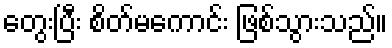
တွေးပြီး စိတ်မကောင်း ဖြစ်သွားသည်။